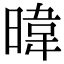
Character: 暐